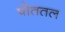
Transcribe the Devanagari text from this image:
पोततल